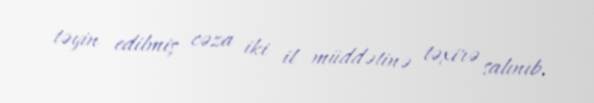
təyin edilmiş cəza iki il müddətinə təxirə salınıb.